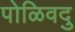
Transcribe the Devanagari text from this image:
पोळिवदु